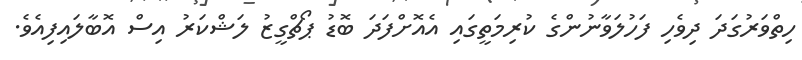
ހިތްވަރުގަދަ ދިވެހި ފަހުލަވާނުންގެ ކުރިމަތީގައި އެއޮށްފަދަ ބޮޑު ޕޯޗްގީޒު ލަޝްކަރު އިސް އޮބާލައިފިއެވެ.